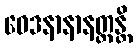
ဝေဒနာနာနတ္တန္တိ